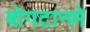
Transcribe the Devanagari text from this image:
बोगटानमे